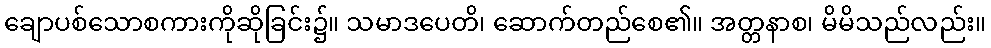
ချောပစ်သောစကားကိုဆိုခြင်း၌။ သမာဒပေတိ၊ ဆောက်တည်စေ၏။ အတ္တနာစ၊ မိမိသည်လည်း။